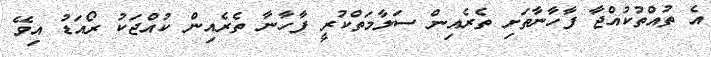
އެ ތުއްތުކުއްޖާ ފާހާނާތަށި ތެރެއިން ސަލާމަތްކުރީ ފާހާނާ ތެރެއިން ކުއްޖަކު ރޯއަޑު އިވޭ